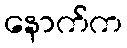
နောက်က